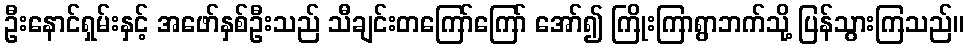
ဦးနောင်ရှမ်းနှင့် အဖော်နှစ်ဦးသည် သီချင်းတကြော်ကြော် အော်၍ ကြိုးကြာရွာဘက်သို့ ပြန်သွားကြသည်။